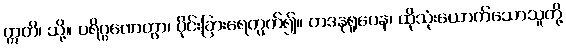
ဣတိ၊ သို့။ ပရိဂ္ဂဏေတွာ၊ ပိုင်းခြားရေတွက်၍။ တဒနုရူပေန၊ ထိုသုံးယောက်သောသူတို့